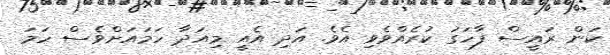
ކަން ރައީސް ފާހަގަ ކުރެއްވެވި އެވެ. އަދި އެއީ މިއަދާ ހަމައަށްވެސް ހަމަ